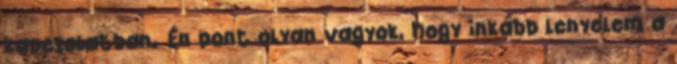
kapcsolatban. Én pont olyan vagyok, hogy inkább lenyelem a